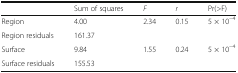
<table><thead><tr><td></td><td><b>Sum of squares</b></td><td><b><i>F</i></b></td><td><b><i>r</i></b></td><td><b>Pr(&gt;F)</b></td></tr></thead><tbody><tr><td>Region</td><td>4.00</td><td>2.34</td><td>0.15</td><td>5 × 10<sup>−4</sup></td></tr><tr><td>Region residuals</td><td>161.37</td><td></td><td></td><td></td></tr><tr><td>Surface</td><td>9.84</td><td>1.55</td><td>0.24</td><td>5 × 10<sup>−4</sup></td></tr><tr><td>Surface residuals</td><td>155.53</td><td></td><td></td><td></td></tr></tbody></table>